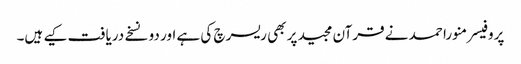
پروفیسر منورا حمد نے قرآن مجید پر بھی ریسرچ کی ہے اور دو نسخے دریافت کیے ہیں۔